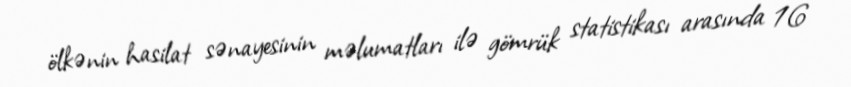
ölkənin hasilat sənayesinin məlumatları ilə gömrük statistikası arasında 16